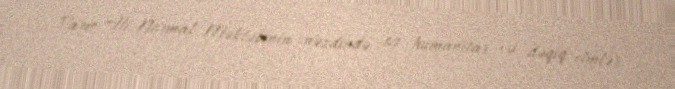
Paris Ali Normal Məktəbinin nəzdində 14 humanitar və dəqiq elmlər